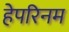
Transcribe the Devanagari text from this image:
हेपरिनम